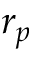
r _ { p }